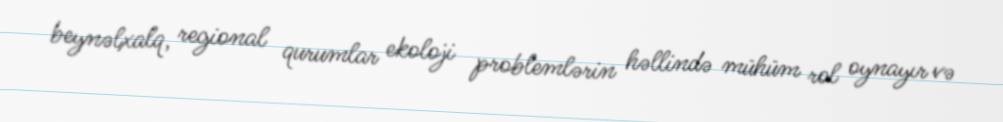
beynəlxalq, regional qurumlar ekoloji problemlərin həllində mühüm rol oynayır və